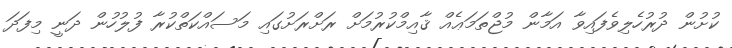
ކުށުން ދުރުހެލިވެފައިވާ އަމާން މުޖްތަމަޢެއް ޤާއިމްކުރުމަށް ރަށްރަށުގައި މަސައްކަތްކުރާ ފުލުހުން ދަނީ މިފަދަ